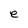
Character: e